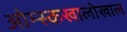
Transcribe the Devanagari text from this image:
ओम्स्कखालोखाल